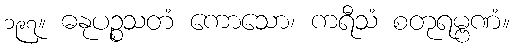
၁၉၇။ ဓနုပဉ္စသတံ ကောသော၊ ကရီသံ စတုရမ္ဗဏံ။